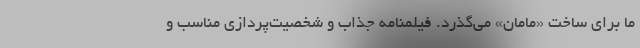
ما برای ساخت «مامان» می‌گذرد. فیلمنامه جذاب و شخصیت‌پردازی مناسب و